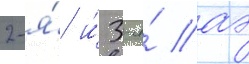
2-я́ и́ 3-я́ аэ